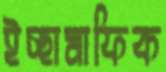
ইচ্ছামাফিক